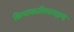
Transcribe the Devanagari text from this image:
क्रियाकारित्वलक्षणं